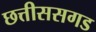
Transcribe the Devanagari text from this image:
छत्तीससगड